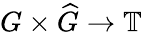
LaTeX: G\times{\widehat{G}}\to\mathbb{T}